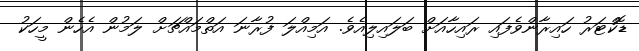
ޑޮކްޓަރު ހައިރާންވެފައި ރައިހާއަށް ބަލައިލިއެވެ. އަމިއްލަ ފުރާނަ އަތްމައްޗަށް ލަމުން އެހެން މީހަކު